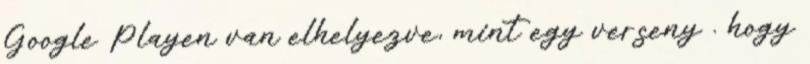
Google Playen van elhelyezve, mint egy verseny . hogy